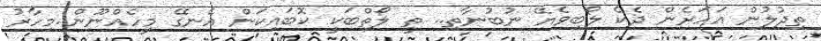
ތިދުލުން އަހަރެން ދެކެ ލޯބިވެޔޭ ނުބުނާތި.. ތީ ލޯތްބަކީ ކޮބައިކަން އެނގޭ މީހެއްނޫން..މިހާރު